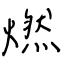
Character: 燃